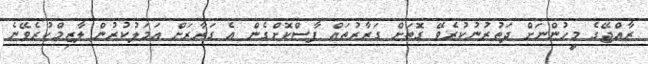
ރާއްޖޭގެ މީހުންނަށް ދަތުރުނުކުރެވޭ ގޮތަށް ގަރާރުތައް ފާސްކޮށްގެން އެ ގަރާރަށް އަމަލުކުރުން ލާޒިމްކުރެވޭނެ